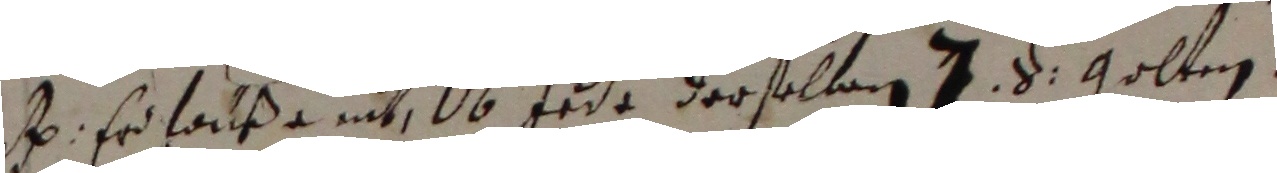
d hr haußa nit ob tede derselben j s golten.